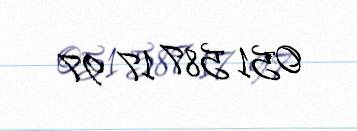
051 587 17 97